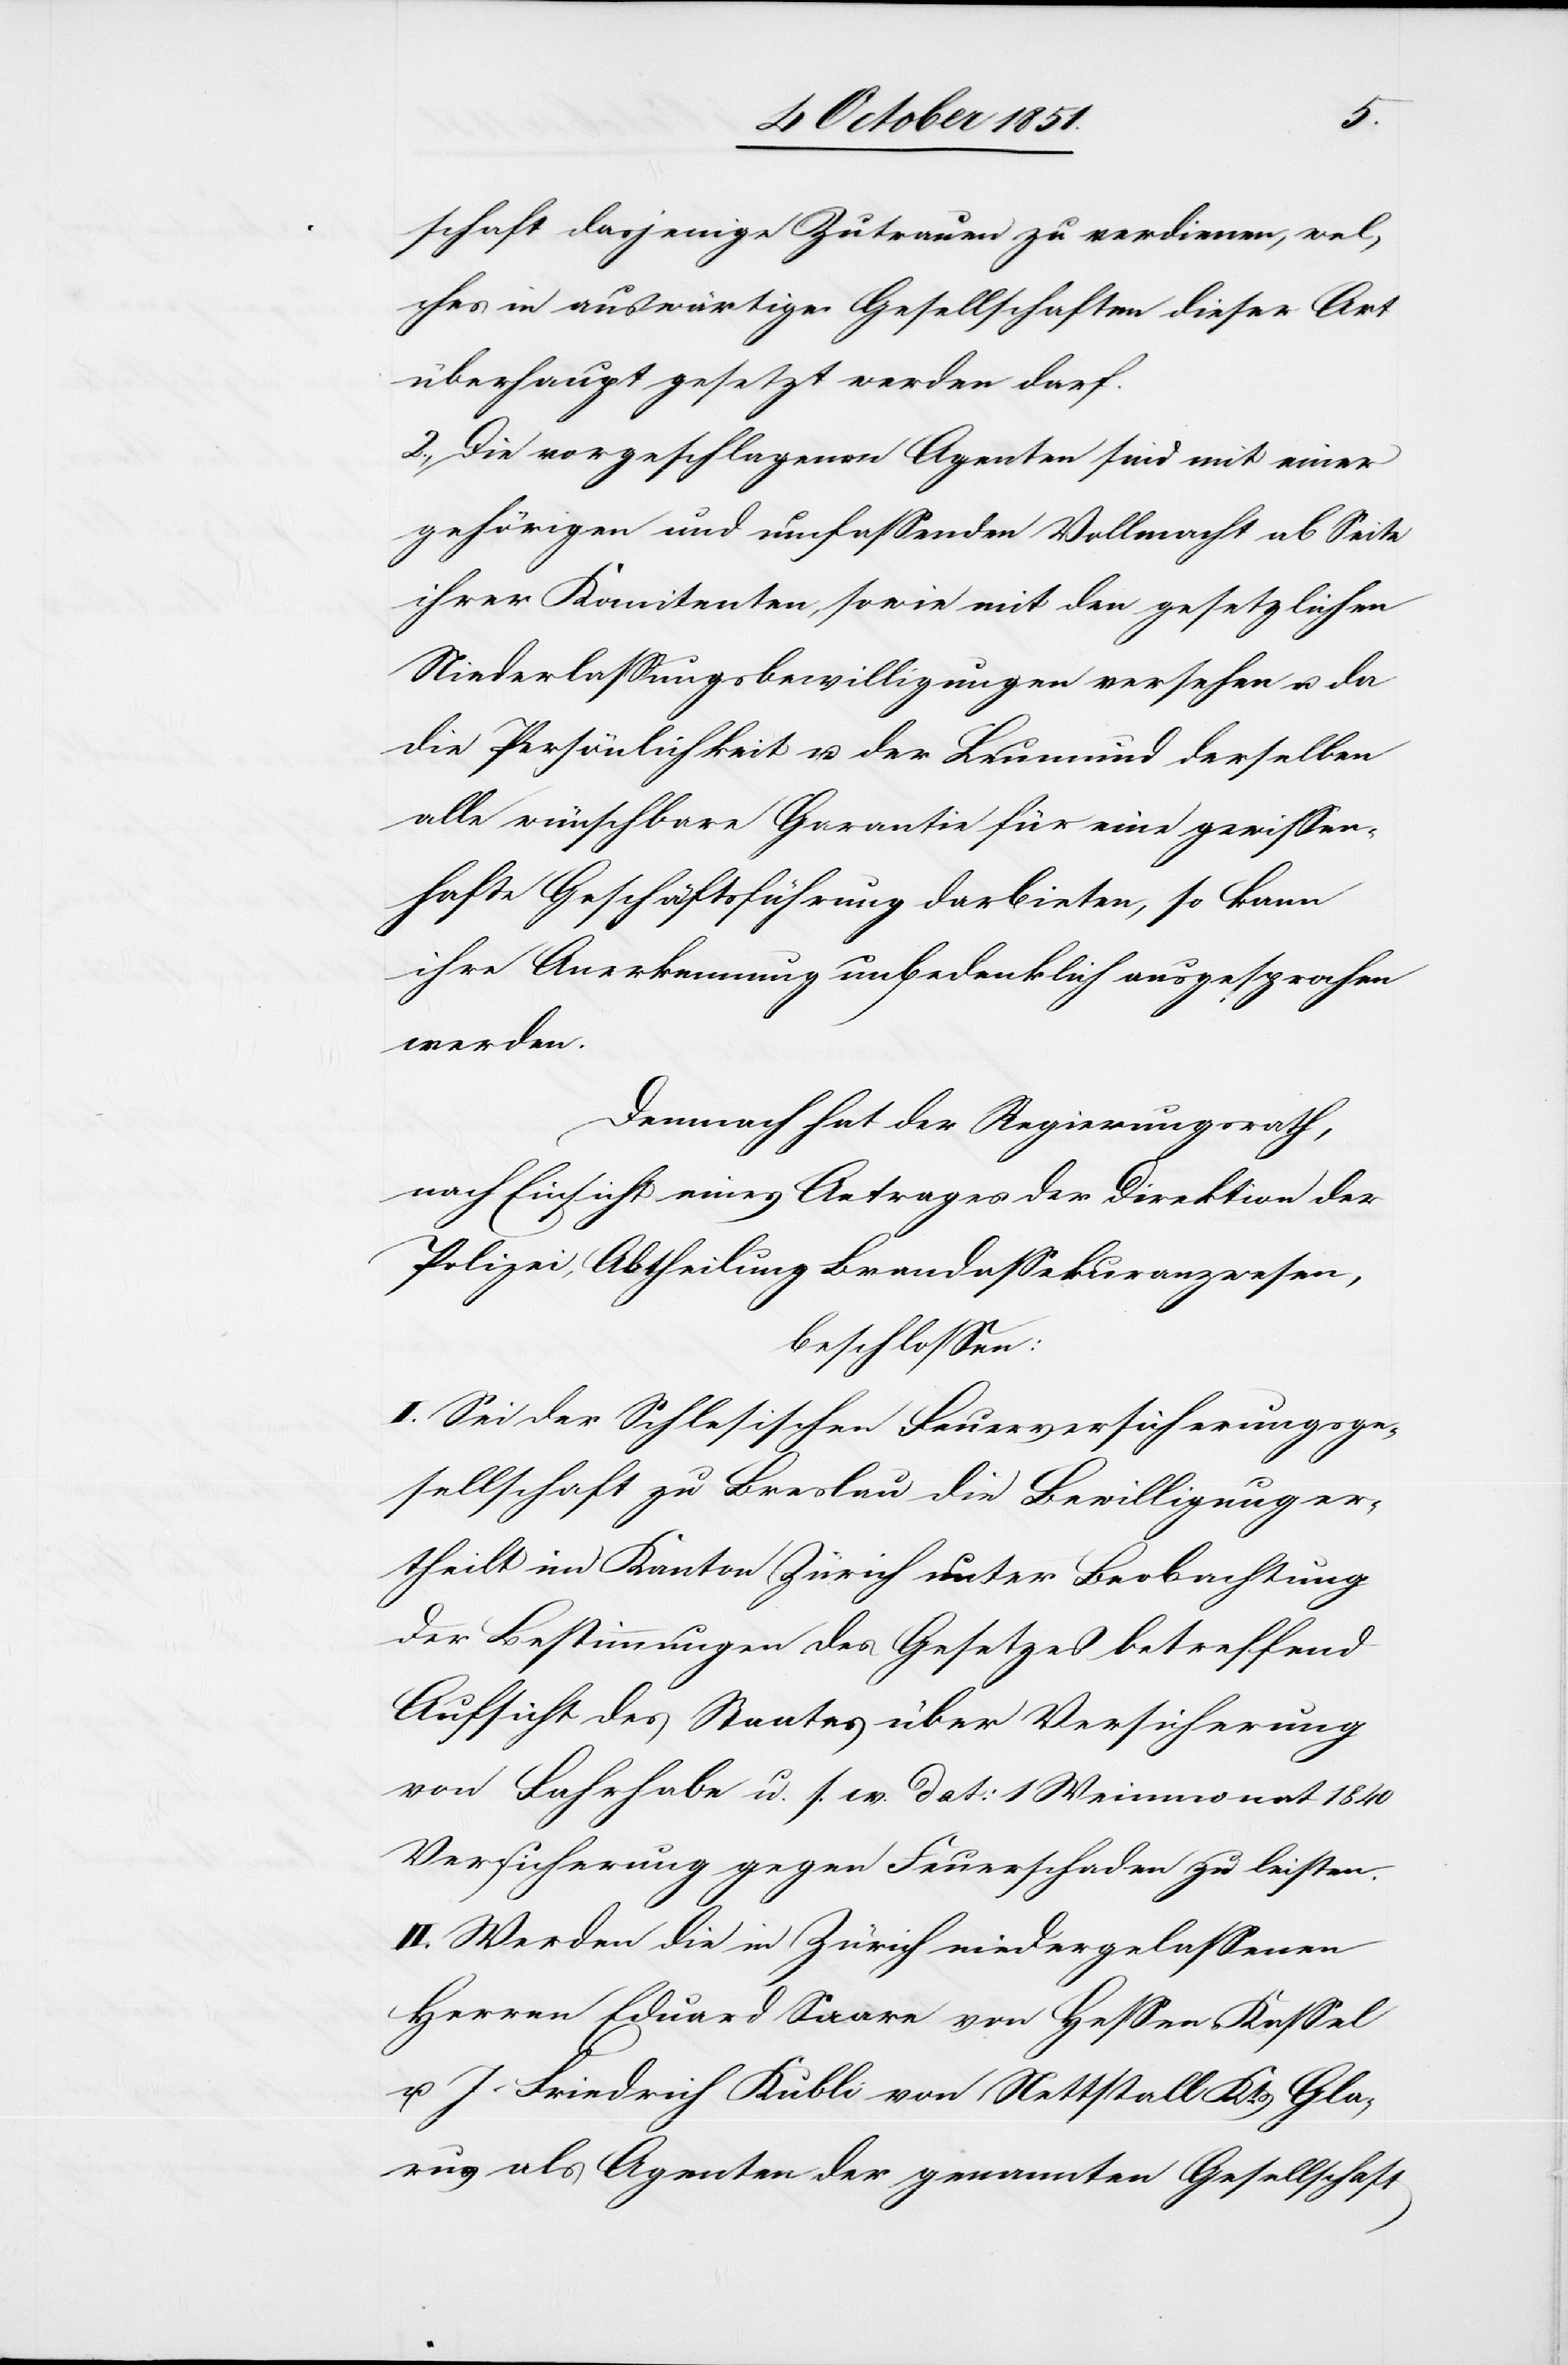
schaft dasjenige Zutrauen zu verdienen, wel¬
ches in auswärtige Gesellschaften dieser Art
überhaupt gesetzt werden darf.
2., Die vorgeschlagenen Agenten sind mit einer
gehörigen und umfassenden Vollmacht ab Seite
ihrer Komitenten, sowie mit den gesetzlichen
Niederlassungsbewilligungen versehen u. da
die Persönlichkeit u. der Leumund derselben
alle wünschbare Garantie für eine gewissen¬
hafte Geschäftsführung darbieten, so kann
ihre Anerkennung unbedenklich ausgesprochen
werden.
Demnach hat der Regierungsrath,
nach Einsicht eines Antrages der Direktion der
Polizei, Abtheilung Brandassekuranzwesen,
beschlossen:
I. Sei der Schlesischen Feuerversicherungsge¬
sellschaft zu Breslau die Bewilligung er¬
theilt im Kanton Zürich unter Beobachtung
der Bestimmungen des Gesetzes betreffend
Aufsicht des Staates über Versicherung
von Fahrhabe u. s. w. dat: 1 Weinmonat 1840
Versicherung gegen Feuerschaden zu leisten.
II. Werden die in Zürich niedergelassenen
Herren Eduard Saare von Hessen-Kassel
u. J. Friedrich Kubli von Nettstall Kts. Gla¬
rus als Agenten der genannten Gesellschaft